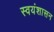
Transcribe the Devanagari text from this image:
स्वयंशासन